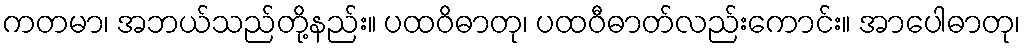
ကတမာ၊ အဘယ်သည်တို့နည်း။ ပထဝိဓာတု၊ ပထဝီဓာတ်လည်းကောင်း။ အာပေါဓာတု၊